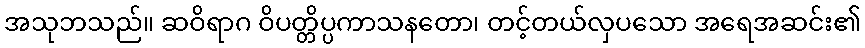
အသုဘသည်။ ဆဝိရာဂ ဝိပတ္တိပ္ပကာသနတော၊ တင့်တယ်လှပသော အရေအဆင်း၏